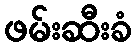
ဖမ်းဆီးခံ